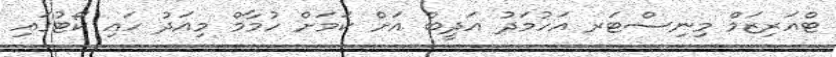
ޓްއަރިޒަމް މިނިސްޓަރ އަހުމަދު އަދީބް އަށް ކަމަށް ހުމާމް މިއަދު ހައި ކޯޓުގައި